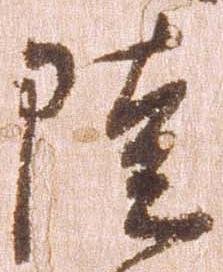
陸